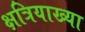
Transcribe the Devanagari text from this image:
क्षत्रियाख्या